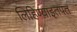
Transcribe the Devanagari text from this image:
लिहिण्याइतपत